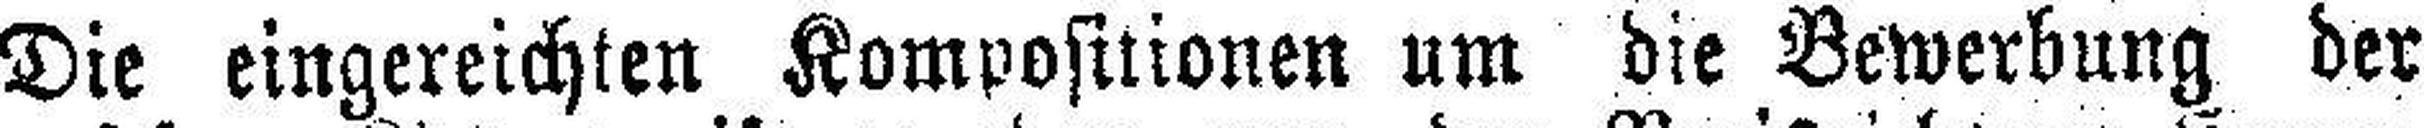
Die eingereichten Kompositionen um die Bewerbung der